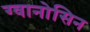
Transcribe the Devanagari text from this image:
ग्वानोसिन